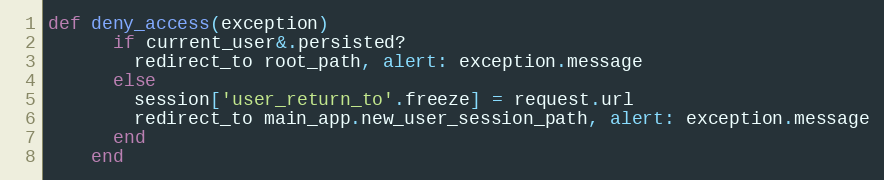
Language: Ruby
def deny_access(exception)
      if current_user&.persisted?
        redirect_to root_path, alert: exception.message
      else
        session['user_return_to'.freeze] = request.url
        redirect_to main_app.new_user_session_path, alert: exception.message
      end
    end